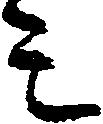
ミ